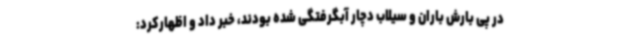
در پی بارش باران و سیلاب دچار آبگرفتگی شده بودند، خبر داد و اظهارکرد: